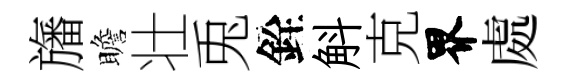
旛瞻壮兎銓斛克界處